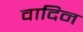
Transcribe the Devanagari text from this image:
वादिन